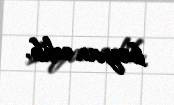
bəyan edib.